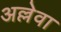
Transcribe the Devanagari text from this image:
अल्लेवा